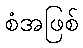
စံအဖြစ်